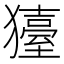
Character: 𤢬